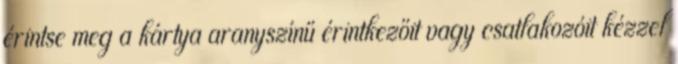
érintse meg a kártya aranyszínű érintkezőit vagy csatlakozóit kézzel